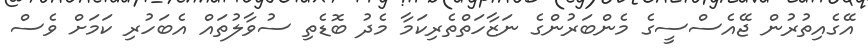
އޭގެއިތުރުން ޖޭއެސްސީގެ މެންބަރުންގެ ނަޒާހަތްތެރިކަމާ މެދު ބޮޑެތި ސުވާލުތައް އެބަހުރި ކަމަށް ވެސް